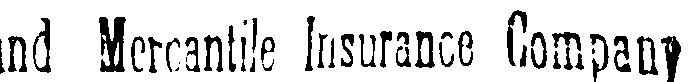
and Mercantile Insurance Company